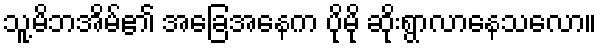
သူ့မိဘအိမ်၏ အခြေအနေက ပိုမို ဆိုးရွာလာနေသလော။